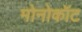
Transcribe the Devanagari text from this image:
मोनोकॉट